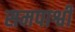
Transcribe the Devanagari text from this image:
समपार्श्वी